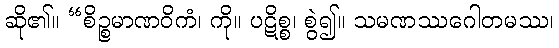
ဆို၏။ “စိဉ္စမာဏဝိကံ၊ ကို။ ပဋိစ္စ၊ စွဲ၍။ သမဏဿဂေါတမဿ၊